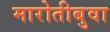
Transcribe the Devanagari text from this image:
मारोतीबुवा